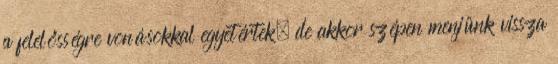
a felelősségre vonásokkal egyetértek, de akkor szépen menjünk vissza